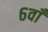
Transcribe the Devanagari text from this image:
६वाँ